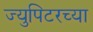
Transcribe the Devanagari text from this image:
ज्युपिटरच्या